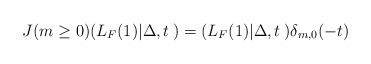
\begin{align*}J(m\ge 0)(L_F(1)|\Delta,t\>) = (L_F(1)|\Delta,t\>) \delta_{m,0}(-t)\end{align*}